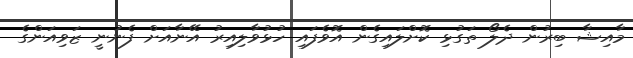
މާއިޝާ ބިރުން ދެލޯ ތަގުޅި ކޮށްލައިގެން އޮވެފައި ހުޅުވާލިއިރު އޭނާއަށް ފެނުނީ ޒަވިއަންގެ